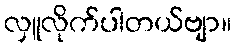
လှူလိုက်ပါတယ်ဗျာ။